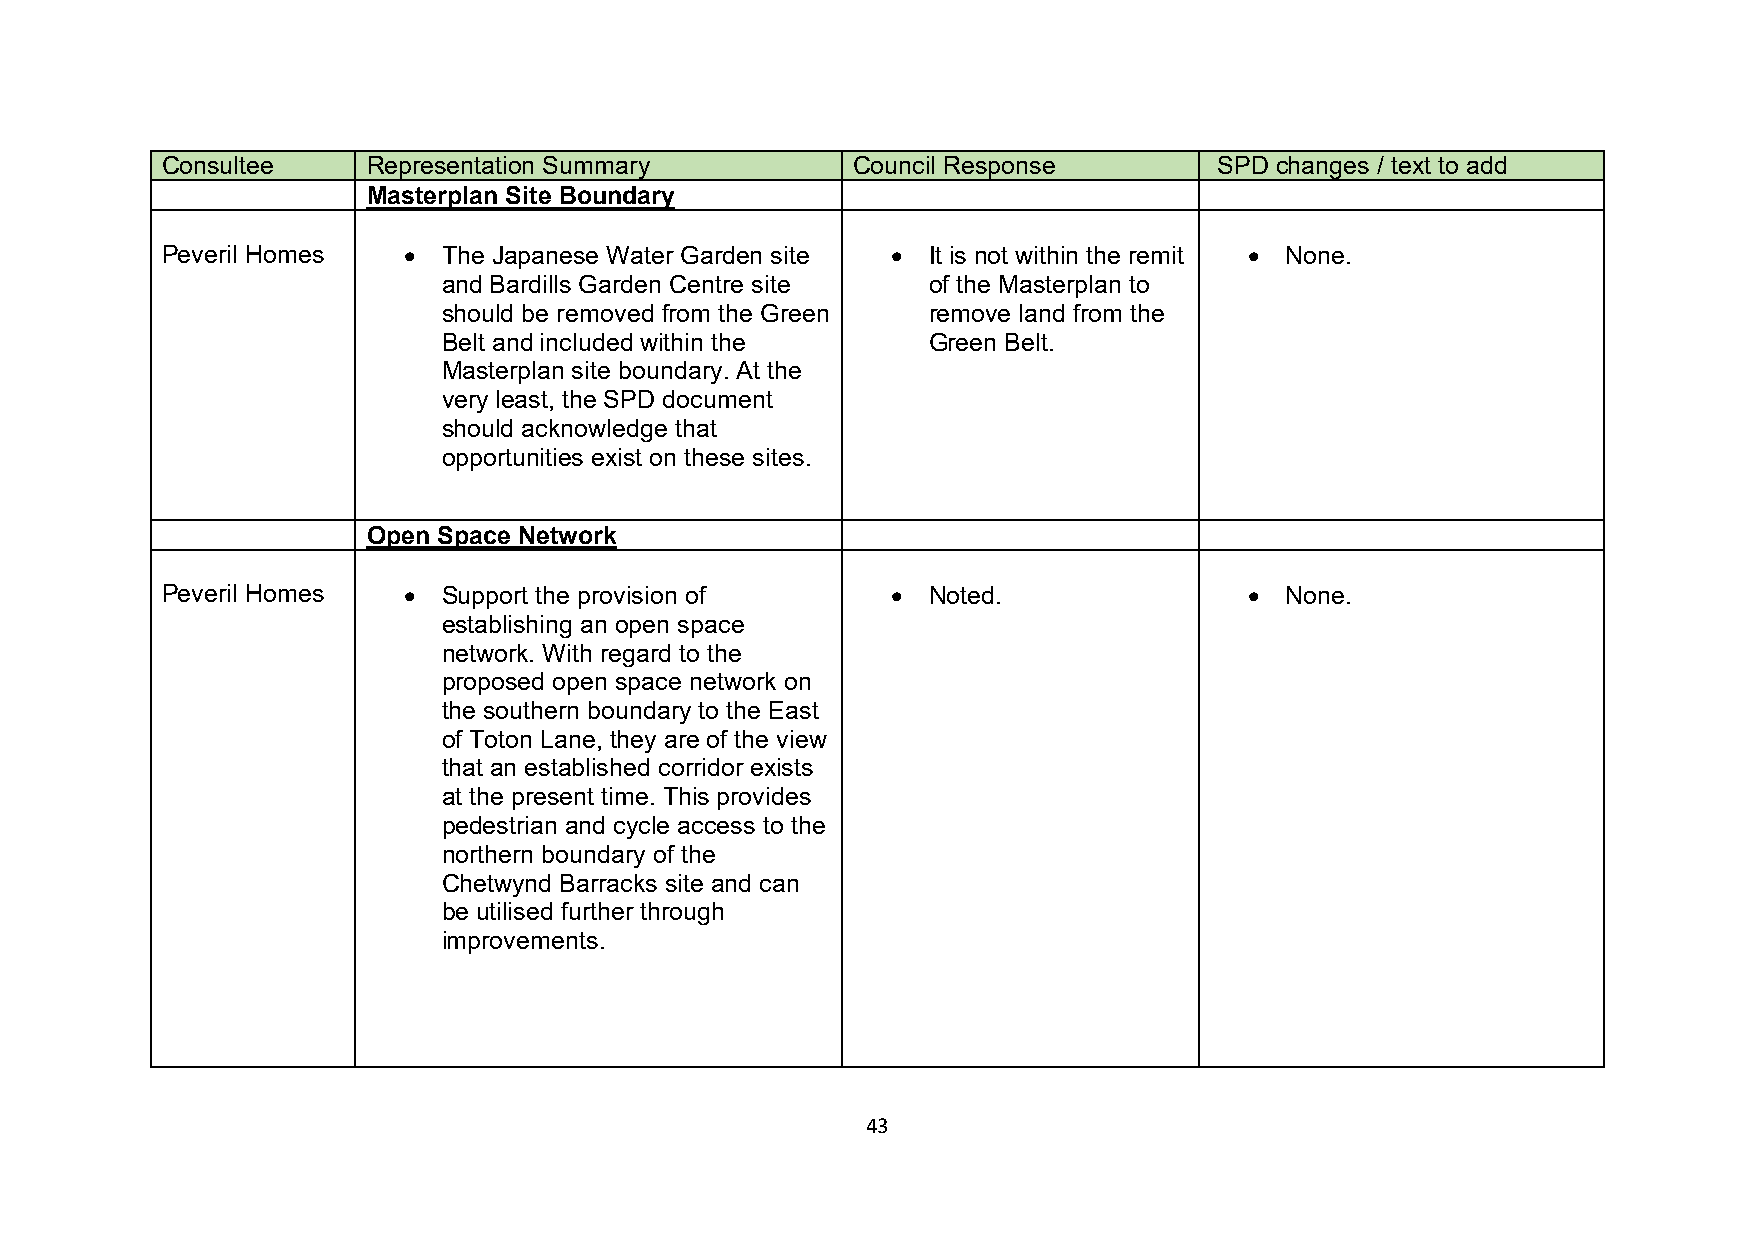
Consultee    Representation Summary          Council Response         SPD changes / text to add
 Masterplan Site Boundary
 Peveril Homes   • The Japanese Water Garden site • It is not within the remit • None.
 and Bardills Garden Centre site of the Masterplan to
 should be removed from the Green remove land from the
 Belt and included within the    Green Belt.
 Masterplan site boundary. At the
 very least, the SPD document
 should acknowledge that
 opportunities exist on these sites.
 Open Space Network
 Peveril Homes   • Support the provision of      • Noted.                • None.
 establishing an open space
 network. With regard to the
 proposed open space network on
 the southern boundary to the East
 of Toton Lane, they are of the view
 that an established corridor exists
 at the present time. This provides
 pedestrian and cycle access to the
 northern boundary of the
 Chetwynd Barracks site and can
 be utilised further through
 improvements.
 43